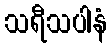
သရီသပါနံ